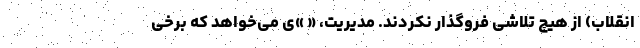
انقلاب) از هیچ تلاشی فروگذار نکردند. مدیریت، « »‌ی می‌خواهد که برخی